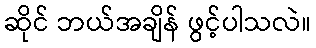
ဆိုင် ဘယ်အချိန် ဖွင့်ပါသလဲ။